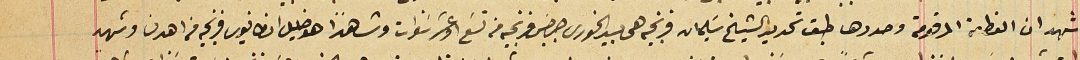
شهد ان القطعة المرقومة وحددها طبق تحديد الشيخ سَليمان فرنجيه هى بيد الخورى جرجسَ فرنجيه من تسَع او عشر سنوات وشاهداً هو خليل انطانيوس فرنجيه من اهدن وشهد